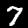
Digit: 7